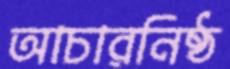
আচারনিষ্ঠ